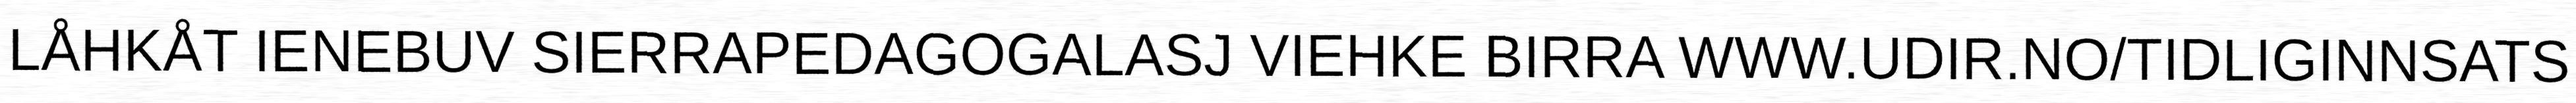
LÅHKÅT IENEBUV SIERRAPEDAGOGALASJ VIEHKE BIRRA WWW.UDIR.NO/TIDLIGINNSATS